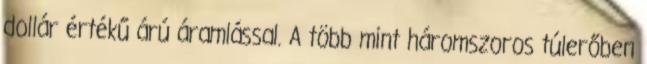
dollár értékű árú áramlással. A több mint háromszoros túlerőben